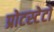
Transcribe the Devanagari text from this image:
प्रोटस्टेटों